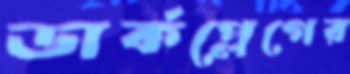
ডার্কপ্লেগের